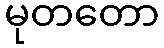
မုတတော